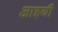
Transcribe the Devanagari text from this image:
आइयौ